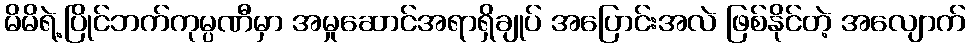
မိမိရဲ့ပြိုင်ဘက်ကုမ္ပဏီမှာ အမှုဆောင်အရာရှိချုပ် အပြောင်းအလဲ ဖြစ်နိုင်တဲ့ အလျောက်